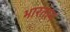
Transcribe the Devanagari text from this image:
भारतान